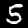
Digit: 5